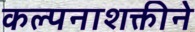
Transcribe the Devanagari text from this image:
कल्पनाशक्तीने